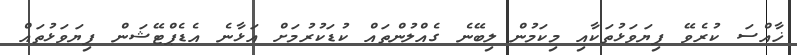
ޚާއްސަ ކުރެވޭ ފިޔަވަޅުތަކާއި މިކަމުން ލިބޭނެ ގެއްލުންތައް ކުޑަކުރުމަށް އަޅާނެ އެޑެޕްޓޭޝަން ފިޔަވަޅުތައް